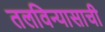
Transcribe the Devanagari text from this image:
तलविन्यासाची